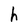
Character: h